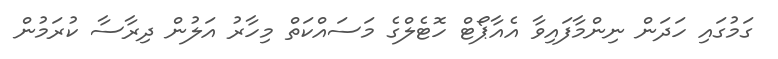
ގަމުގައި ހަދަން ނިންމާފައިވާ އެއާޕޯޓް ހޮޓެލްގެ މަސައްކަތް މިހާރު އަލުން ދިރާސާ ކުރަމުން